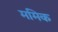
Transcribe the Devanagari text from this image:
ममिक